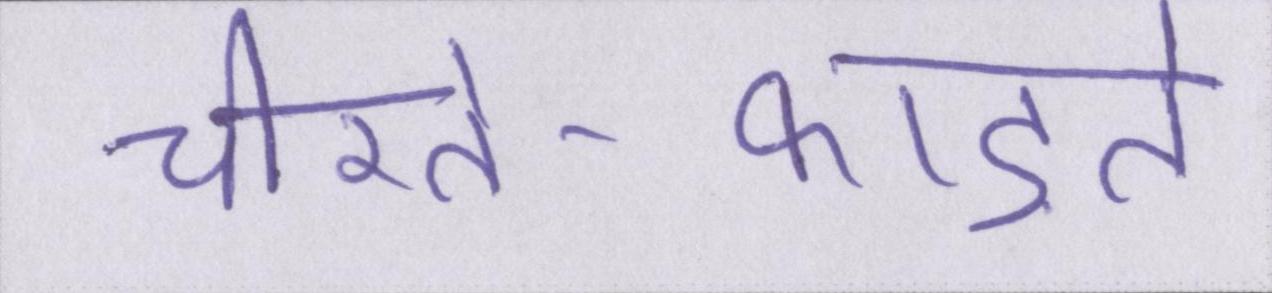
चीरते-फाड़ते